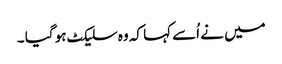
میں نے اُسے کہا کہ وہ سلیکٹ ہو گیا ۔